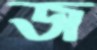
জ